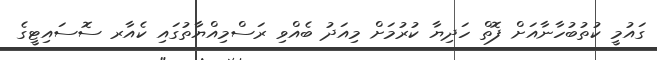
ގައުމީ ކުތުބުހާނާއަށް ފޮތް ހަދިޔާ ކުރުމަށް މިއަދު ބެއްވި ރަސްމިއްޔާތުގައި ކެއާރ ސޮސައިޓީގެ